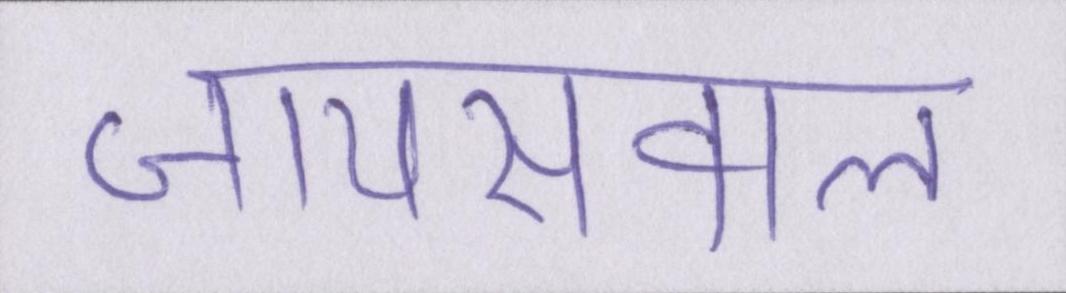
जायसवाल